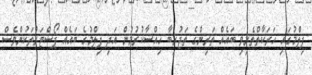
ފިލްމުގައި ހަރަކާތްތެރިވި ބައެއް ތަރިންގެ ތަޖުރިބާ ހިއްސާކުރުމުން އަދި ފިލްމުގެ ބައެއް ޕޯސްޓަރުތަކުންވެސް